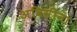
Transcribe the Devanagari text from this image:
अविसीना